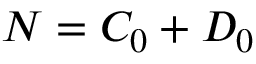
N = C _ { 0 } + D _ { 0 }